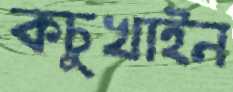
কচুখাইন